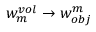
w _ { m } ^ { v o l } \to { w _ { o b j } ^ { m } }